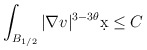
\begin{align*}&\int_{B_{1/2}} |\nabla v|^{3-3\theta} \d x \leq C\end{align*}